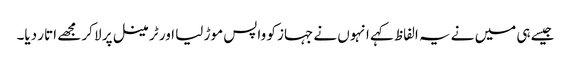
جیسے ہی میں نے یہ الفاظ کہے انہوں نے جہاز کو واپس موڑ لیا اور ٹرمینل پر لا کر مجھے اتار دیا۔